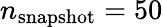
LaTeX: n_{\mathrm{snapshot}}=50